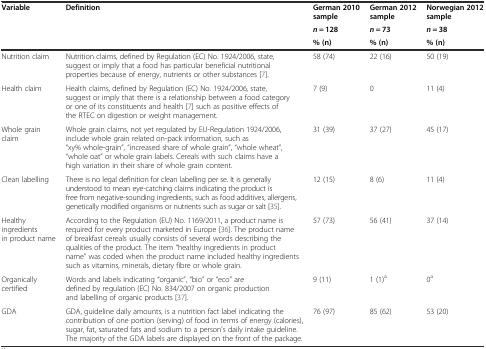
<table><thead><tr><td rowspan="2"><b>Variable</b></td><td rowspan="2"><b>Definition</b></td><td><b>German 2010 sample</b></td><td><b>German 2012 sample</b></td><td><b>Norwegian 2012 sample</b></td></tr><tr><td><b><i>n</i> = 128</b></td><td><b><i>n</i> = 73</b></td><td><b><i>n</i> = 38</b></td></tr><tr><td></td><td></td><td><b>% (n)</b></td><td><b>% (n)</b></td><td><b>% (n)</b></td></tr></thead><tbody><tr><td>Nutrition claim</td><td>Nutrition claims, defined by Regulation (EC) No. 1924/2006, state, suggest or imply that a food has particular beneficial nutritional properties because of energy, nutrients or other substances [7].</td><td>58 (74)</td><td>22 (16)</td><td>50 (19)</td></tr><tr><td>Health claim</td><td>Health claims, defined by Regulation (EC) No. 1924/2006, state, suggest or imply that there is a relationship between a food category or one of its constituents and health [7] such as positive effects of the RTEC on digestion or weight management.</td><td>7 (9)</td><td>0</td><td>11 (4)</td></tr><tr><td>Whole grain claim</td><td>Whole grain claims, not yet regulated by EU-Regulation 1924/2006, include whole grain related on-pack information, such as “xy% whole-grain”, “increased share of whole grain”, “whole wheat”, “whole oat” or whole grain labels. Cereals with such claims have a high variation in their share of whole grain content.</td><td>31 (39)</td><td>37 (27)</td><td>45 (17)</td></tr><tr><td>Clean labelling</td><td>There is no legal definition for clean labelling per se. It is generally understood to mean eye-catching claims indicating the product is free from negative-sounding ingredients, such as food additives, allergens, genetically modified organisms or nutrients such as sugar or salt [35].</td><td>12 (15)</td><td>8 (6)</td><td>11 (4)</td></tr><tr><td>Healthy ingredients in product name</td><td>According to the Regulation (EU) No. 1169/2011, a product name is required for every product marketed in Europe [36]. The product name of breakfast cereals usually consists of several words describing the qualities of the product. The item “healthy ingredients in product name” was coded when the product name included healthy ingredients such as vitamins, minerals, dietary fibre or whole grain.</td><td>57 (73)</td><td>56 (41)</td><td>37 (14)</td></tr><tr><td>Organically certified</td><td>Words and labels indicating “organic”, “bio” or “eco” are defined by regulation (EC) No. 834/2007 on organic production and labelling of organic products [37].</td><td>9 (11)</td><td>1 (1)<sup>a</sup></td><td>0<sup>a</sup></td></tr><tr><td>GDA</td><td>GDA, guideline daily amounts, is a nutrition fact label indicating the contribution of one portion (serving) of food in terms of energy (calories), sugar, fat, saturated fats and sodium to a person&#x27;s daily intake guideline. The majority of the GDA labels are displayed on the front of the package.</td><td>76 (97)</td><td>85 (62)</td><td>53 (20)</td></tr></tbody></table>